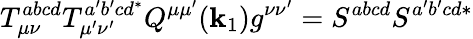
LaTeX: T_{\mu\nu}^{abcd}T_{\mu^{\prime}\nu^{\prime}}^{a^{\prime}b^{\prime}cd^{*}}Q^{\mu\mu^{\prime}}(\mathbf{k}_{1})g^{\nu\nu^{\prime}}=S^{abcd}S^{a^{\prime}b^{\prime}cd*}